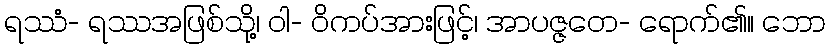
ရဿံ- ရဿအဖြစ်သို့၊ ဝါ- ဝိကပ်အားဖြင့်၊ အာပဇ္ဇတေ- ရောက်၏။ ဘော